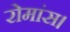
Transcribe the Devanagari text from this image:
रोमांस।